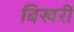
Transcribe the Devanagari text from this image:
बिखरीं